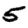
Digit: 5